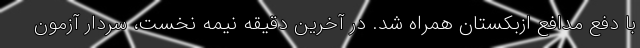
با دفع مدافع ازبکستان همراه شد. در آخرین دقیقه نیمه نخست، سردار آزمون